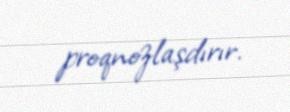
proqnozlaşdırır.